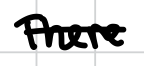
Text: There
Cross-out: single-line
Writing tool: digital_black